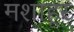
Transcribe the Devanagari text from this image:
मशाहूर